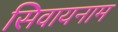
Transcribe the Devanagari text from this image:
सिवायनाम